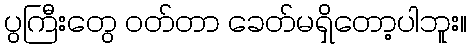
ပွကြီးတွေ ဝတ်တာ ခေတ်မရှိတော့ပါဘူး။